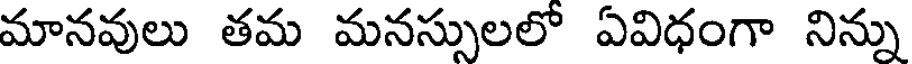
మానవులు తమ మనస్సులలో ఏవిధంగా నిన్ను